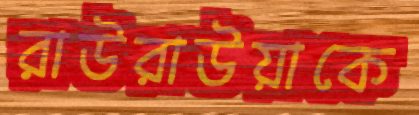
রাউরাউয়াকে